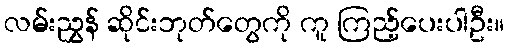
လမ်းညွှန် ဆိုင်းဘုတ်တွေကို ကူ ကြည့်ပေးပါဦး။